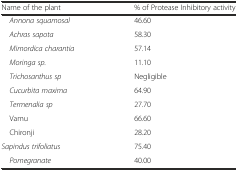
<table><thead><tr><td><b>Name of the plant</b></td><td><b>% of Protease Inhibitory activity</b></td></tr></thead><tbody><tr><td> <i>Annona squamosal</i></td><td>46.60</td></tr><tr><td> <i>Achras sapota</i></td><td>58.30</td></tr><tr><td> <i>Mimordica charantia</i></td><td>57.14</td></tr><tr><td> <i>Moringa sp.</i></td><td>11.10</td></tr><tr><td> <i>Trichosanthus sp</i></td><td>Negligible</td></tr><tr><td> <i>Cucurbita maxima</i></td><td>64.90</td></tr><tr><td> <i>Termenalia sp</i></td><td>27.70</td></tr><tr><td> Vamu</td><td>66.60</td></tr><tr><td> Chironji</td><td>28.20</td></tr><tr><td><i>Sapindus trifoliatus</i></td><td>75.40</td></tr><tr><td> <i>Pomegranate</i></td><td>40.00</td></tr></tbody></table>